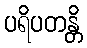
ပရိပတန္တိ